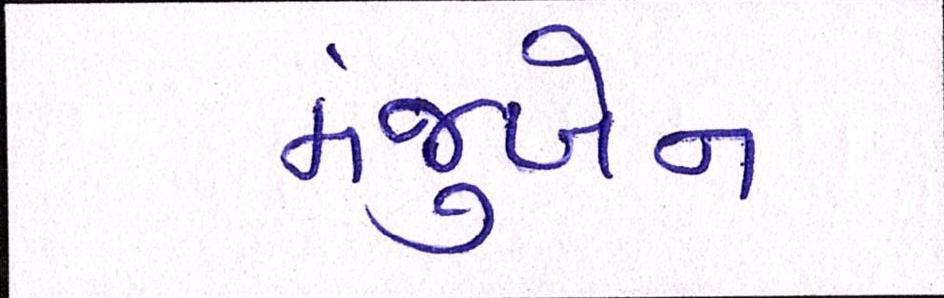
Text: મંજુબેન